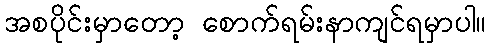
အစပိုင်းမှာတော့ စောက်ရမ်းနာကျင်ရမှာပါ။